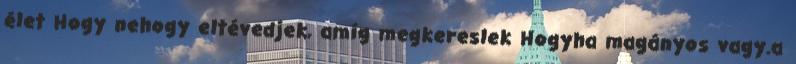
élet Hogy nehogy eltévedjek, amíg megkereslek Hogyha magányos vagy.a